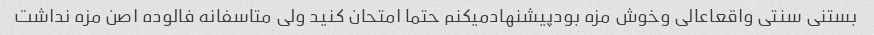
بستنی سنتی واقعاعالی وخوش مزه بودپیشنهادمیکنم حتما امتحان کنید ولی متاسفانه فالوده اصن مزه نداشت